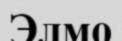
Элмо